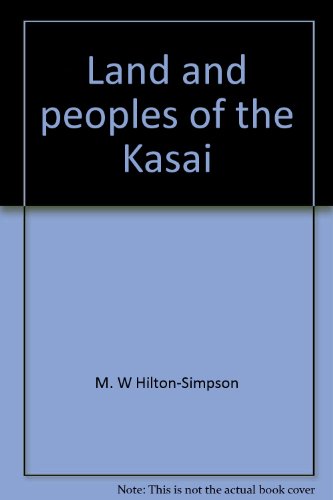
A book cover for Land and peoples of the Kasai;: Being a narrative of a two years' journey among the cannibals of the equatorial forest and other savage tribes of the south-western Congo; M. W Hilton-Simpson; Travel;